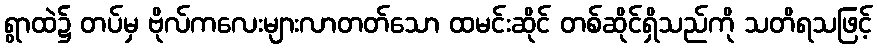
ရွာထဲ၌ တပ်မှ ဗိုလ်ကလေးများလာတတ်သော ထမင်းဆိုင် တစ်ဆိုင်ရှိသည်ကို သတိရသဖြင့်